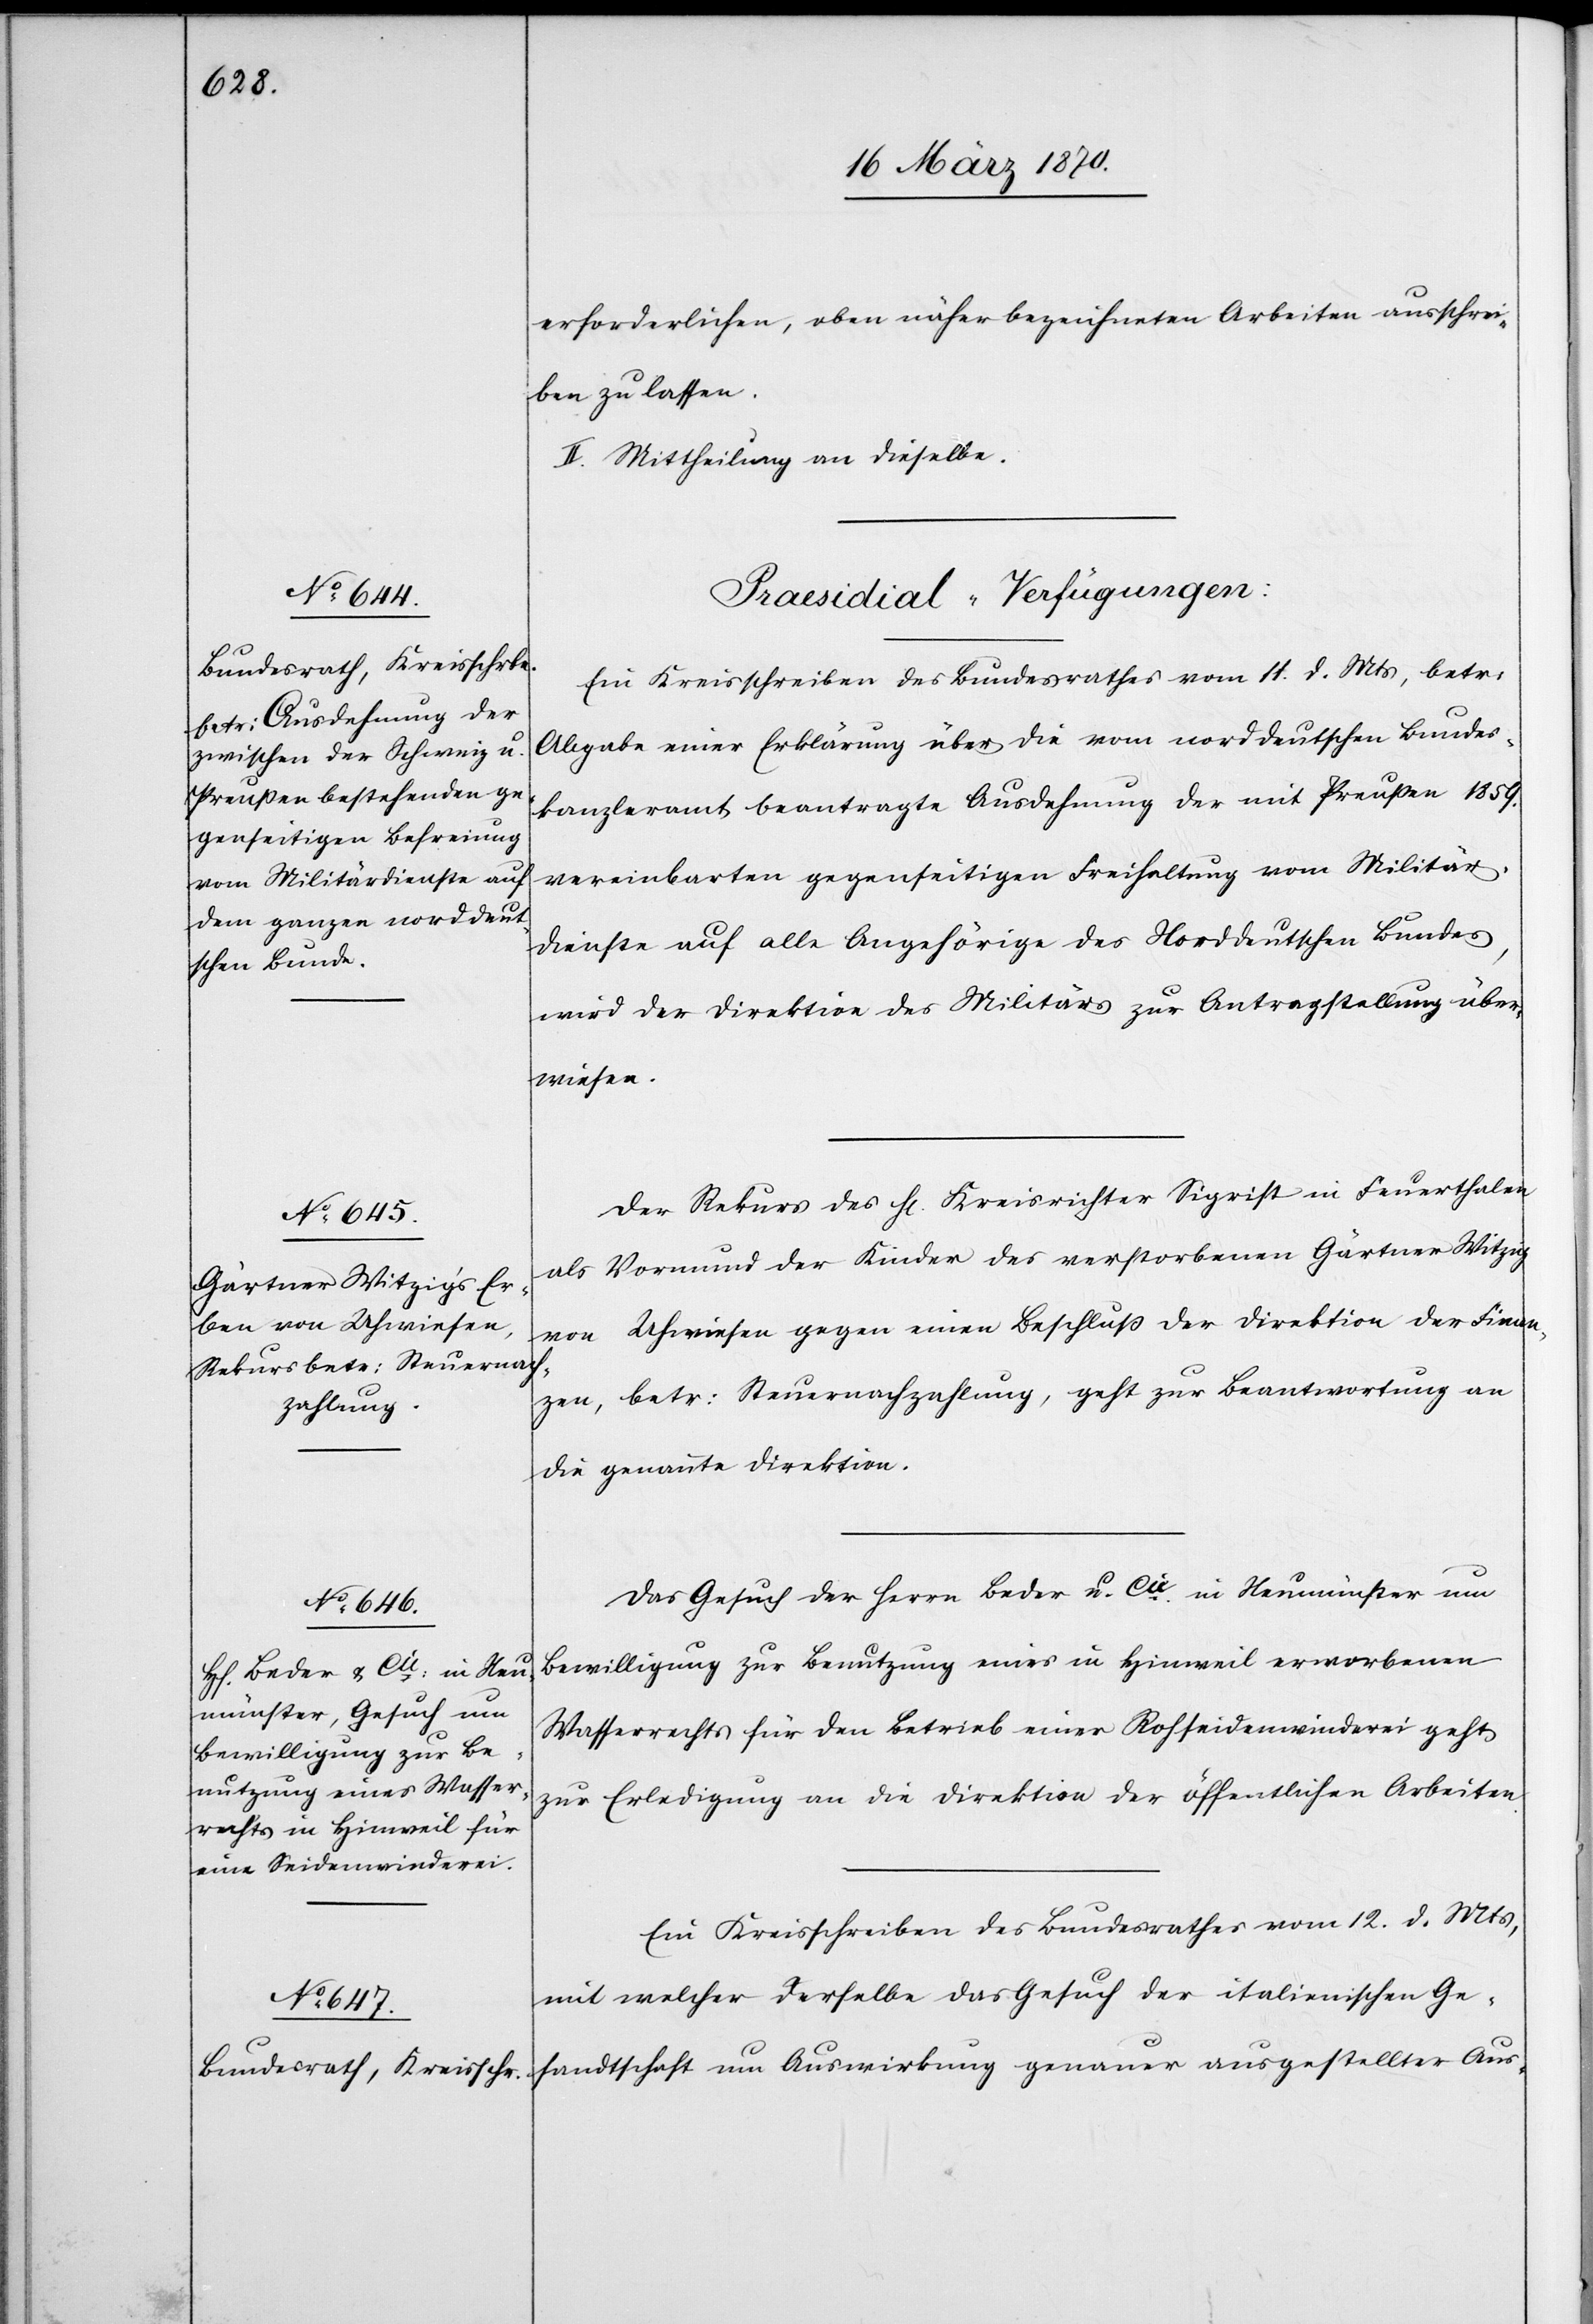
erforderlichen, oben näher bezeichneten Arbeiten ausschrei¬
ben zu lassen.
II. Mittheilung an dieselbe.
[Praesidial-Verfügungen:]
Ein Kreisschreiben des Bundesrathes vom 11. d. Mts, betr:
Abgabe einer Erklärung über die vom norddeutschen Bundes¬
kanzleramt beantragte Ausdehnung der mit Preußen 1859.
vereinbarten gegenseitigen Freihaltung vom Militär¬
dienste auf alle Angehörige des Norddeutschen Bundes,
wird der Direktion des Militärs zur Antragstellung über¬
wiesen.
Der Rekurs des H[errn] Kreisrichter Sigrist in Feuerthalen
als Vormund der Kinder des verstorbenen Gärtner Witzig
von Uhwiesen gegen einen Beschluß der Direktion der Finan¬
zen, betr: Steuernachzahlung, geht zur Beantwortung an
die genannte Direktion.
Das Gesuch des Herrn Beder u. Cie: in Neumünster um
Bewilligung zur Benutzung eines in Hinweil erworbenen
Wasserrechts für den Betrieb einer Rohseidenwinderei geht
zur Erledigung an die Direktion der öffentlichen Arbeiten.
Ein Kreisschreiben des Bundesrathes vom 12. d. Mts,
mit welcher [sic!] derselbe das Gesuch der italienischen Ge¬
sandtschaft um Auswirkung genauer ausgestellter Aus-